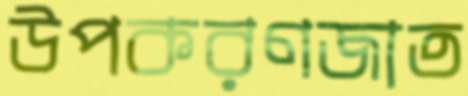
উপকরণজাত